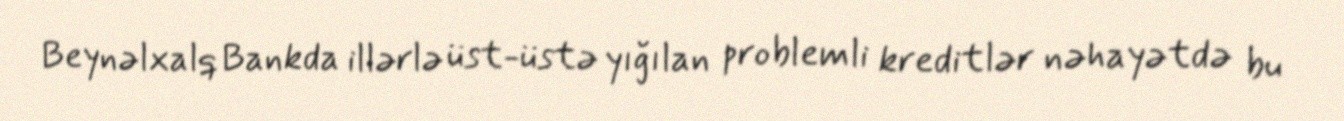
Beynəlxalq Bankda illərlə üst-üstə yığılan problemli kreditlər nəhayətdə bu